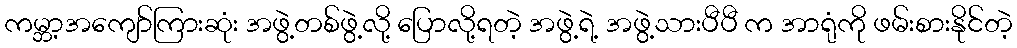
ကမ္ဘာ့အကျော်ကြားဆုံး အဖွဲ့တစ်ဖွဲ့လို့ ပြောလို့ရတဲ့ အဖွဲ့ရဲ့ အဖွဲ့သားပီပီ က အာရုံကို ဖမ်းစားနိုင်တဲ့